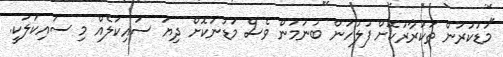
"މަޑުކުރަން ތަކުރާރުކޮށް ފުލުހުން ބުނުމުން ވެސް މަޑުނުކޮށް ދިޔަ ސައިކަލެއް މި ސައިކަލަކީ.